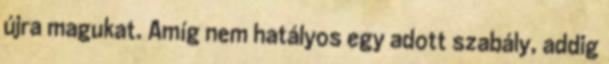
újra magukat. Amíg nem hatályos egy adott szabály, addig